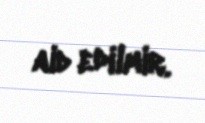
aid edilmir.